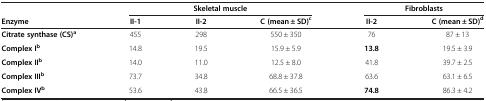
<table><thead><tr><td><b> </b></td><td colspan="3"><b>Skeletal muscle</b></td><td colspan="2"><b>Fibroblasts</b></td></tr><tr><td><b>Enzyme</b></td><td><b>II-1</b></td><td><b>II-2</b></td><td><b>C (mean ± SD)<sup>c</sup></b></td><td><b>II-2</b></td><td><b>C (mean ± SD)<sup>d</sup></b></td></tr></thead><tbody><tr><td><b>Citrate synthase (CS)</b><sup><b>a</b></sup></td><td>455</td><td>298</td><td>550 ± 350</td><td>76</td><td>87 ± 13</td></tr><tr><td><b>Complex I</b><sup><b>b</b></sup></td><td>14.8</td><td>19.5</td><td>15.9 ± 5.9</td><td><b>13.8</b></td><td>19.5 ± 3.9</td></tr><tr><td><b>Complex II</b><sup><b>b</b></sup></td><td>14.0</td><td>11.0</td><td>12.5 ± 8.0</td><td>41.8</td><td>39.7 ± 2.5</td></tr><tr><td><b>Complex III</b><sup><b>b</b></sup></td><td>73.7</td><td>34.8</td><td>68.8 ± 37.8</td><td>63.6</td><td>63.1 ± 6.5</td></tr><tr><td><b>Complex IV</b><sup><b>b</b></sup></td><td>53.6</td><td>43.8</td><td>66.5 ± 36.5</td><td><b>74.8</b></td><td>86.3 ± 4.2</td></tr></tbody></table>